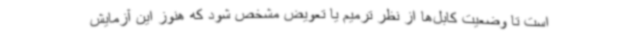
است تا وضعیت کابل‌ها از نظر ترمیم یا تعویض مشخص شود که هنوز این آزمایش